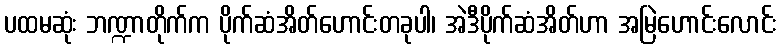
ပထမဆုံး ဘဏ္ဍာတိုက်က ပိုက်ဆံအိတ်ဟောင်းတခုပါ၊ အဲဒီပိုက်ဆံအိတ်ဟာ အမြဲဟောင်းလောင်း